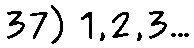
37) 1,2,3...